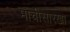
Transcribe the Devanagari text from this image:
माचीसारखा